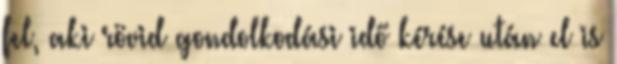
fel, aki rövid gondolkodási idő kérése után el is